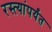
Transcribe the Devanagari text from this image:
रस्त्यांपर्यंत